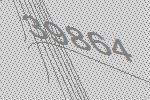
39864